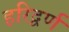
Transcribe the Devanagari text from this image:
हरिद्वर्ण